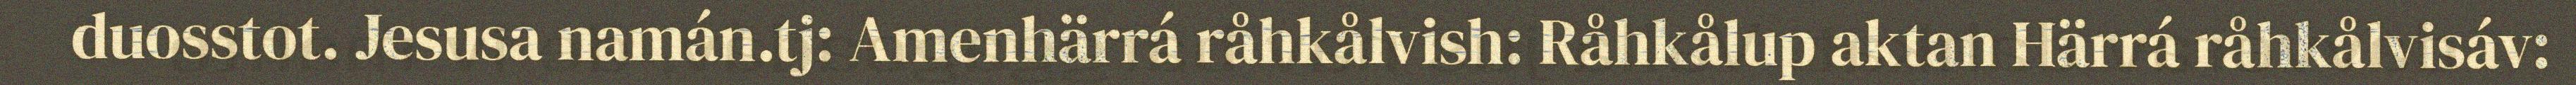
duosstot. Jesusa namán.tj: Amenhärrá råhkålvish: Råhkålup aktan Härrá råhkålvisáv: